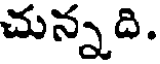
చున్నది.